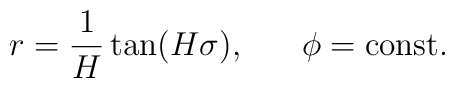
r=\frac{1}{H}\tan(H\sigma),\;\;\;\;\;\;\phi=\mbox{const.}